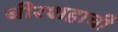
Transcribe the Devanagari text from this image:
बीरशहाची